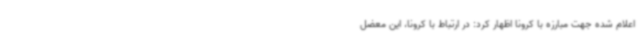
اعلام شده جهت مبارزه با کرونا اظهار کرد: در ارتباط با کرونا، این معضل